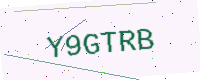
Text: Y9GTRB